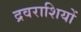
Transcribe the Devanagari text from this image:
द्रवराशियों